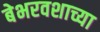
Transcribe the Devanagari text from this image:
बेभरवशाच्या